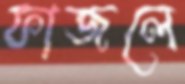
ফাজলে